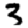
Digit: 3